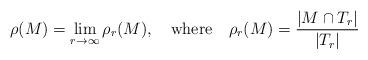
LaTeX: \begin{align*}\rho(M) = \lim_{r\to\infty} \rho_r(M), \ \ \ \mbox{where} \ \ \ \rho_r(M) = \frac{|M \cap T_r|} {|T_r|}\end{align*}